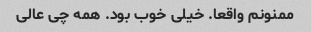
ممنونم واقعا. خیلی خوب بود. همه چی عالی